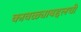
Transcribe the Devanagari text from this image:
कावळ्याबद्दलची